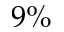
9 \%